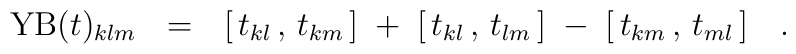
{\rm YB}(t)_{klm}~~=~~[ \, t_{kl} \, , \, t_{km} \, ] \; + \;                       [ \, t_{kl} \, , \, t_{lm} \, ] \; - \;                       [ \, t_{km} \, , \, t_{ml} \, ]~~~.